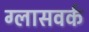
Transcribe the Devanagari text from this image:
ग्लासवर्क